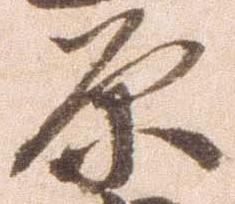
原